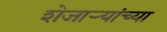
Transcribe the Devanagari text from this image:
शेजाऱ्यांच्या